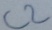
Text: C2